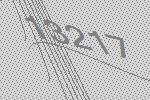
13217